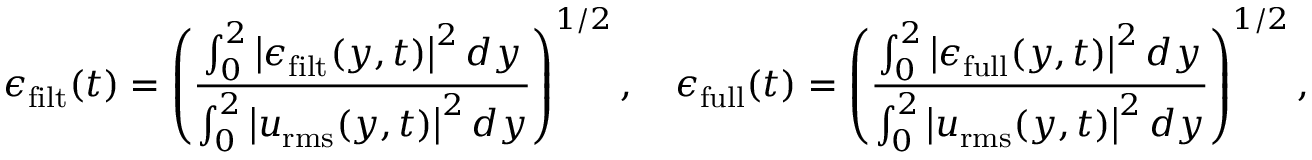
\epsilon _ { \mathrm { f i l t } } ( t ) = \left( \frac { \int _ { 0 } ^ { 2 } \left| \boldsymbol { \epsilon } _ { \mathrm { f i l t } } ( y , t ) \right| ^ { 2 } d y } { \int _ { 0 } ^ { 2 } \left| \boldsymbol { u } _ { \mathrm { r m s } } ( y , t ) \right| ^ { 2 } d y } \right) ^ { 1 / 2 } , \quad \epsilon _ { \mathrm { f u l l } } ( t ) = \left( \frac { \int _ { 0 } ^ { 2 } \left| \boldsymbol { \epsilon } _ { \mathrm { f u l l } } ( y , t ) \right| ^ { 2 } d y } { \int _ { 0 } ^ { 2 } \left| \boldsymbol { u } _ { \mathrm { r m s } } ( y , t ) \right| ^ { 2 } d y } \right) ^ { 1 / 2 } ,